Vital statistics of India. Vol. V, Reports of 1876 on armies & jails and on epidemic cholera
Year: 1876
Disease focus: Cholera
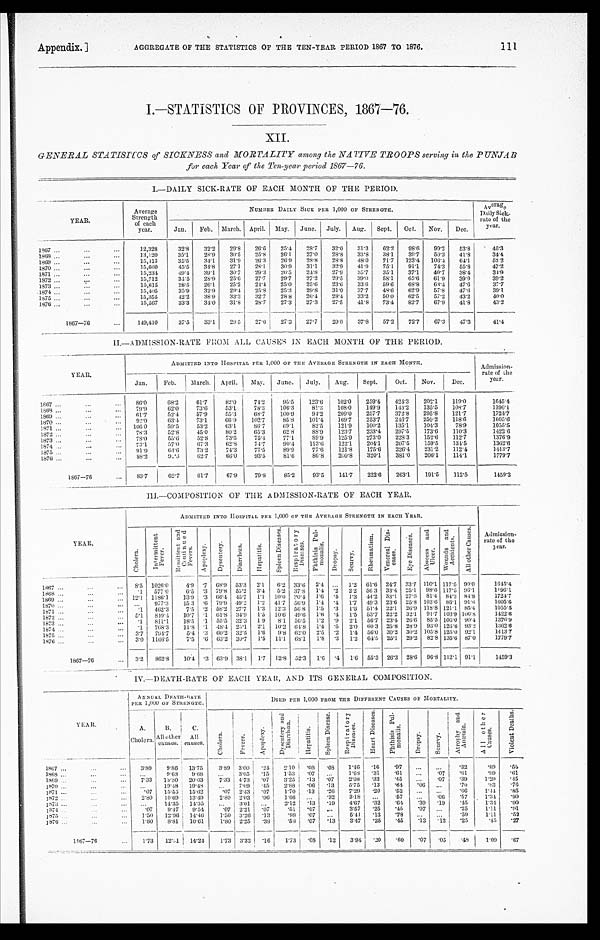
Appendix.]
AGGREGATE OF THE STATISTICS OF THE TEN-YEAR PERIOD 1867 TO 1876.
111
I.—STATISTICS OF PROVINCES, 1867—76.
XII.
GENERAL STATISTICS of SICKNESS and MORTALITY among the NATIVE TROOPS serving in the PUNJAB
for each Year of the Ten-year period 1867—76.
I.—DAILY SICK-RATE OF EACH MONTH OF THE PERIOD.
YEAR.
Average
Strength
of each
year.
NUMBER DAILY SICK PER 1,000 OF STRENGTH.
Averag
e Daily Sick-
rate of the
year.
Jan.
Feb. March. April. May.
June.
July.
Aug.
Sept.
Oct.
Nov.
Dec.
1 8 6 7 . . .
12,328
32.8
32.2
29.8
26.6
25.4
28.7
32.0
31.3
62.2
98.6
99.2
53.8
4 5 . 3
1 8 6 8 . . .
13,120
35.1
28.9
30.5
25.8
26.1
27.0
28.8
33.8
38.1
39.7
50.3
41.8
3 4 . 4
1 8 6 9 . . .
15,413
35.5
34.1
31.9
26.3
26.9
28.8
28.8
48.0
71.7
123.4
106.4
64.1
52.2
1 8 7 0 . . .
15,660
45.5
34.8
27.1
28.1
30.9
31.1
82.9
41.9
75.1
91.1
74.3
55.8
47.2
1 8 7 1 . . .
15,234
49.4
39.1
30.7
29.3
26.5
24.8
27.9
35.7
35.1
37.1
40.7
38.4
34.9
1 8 7 2 . . .
15,712
34.5
28.9
25.6
27.7
29.7
27.2
29.5
39.0
58.1
65.6
61.9
39.9
39.2
1 8 7 3 . . .
15,615
28.5
26.1
25.2
24.4
25.0
25.6
23.6
33.6
59.6
68.8
63.4
47.6
37.7
1 8 7 4 . . .
15,405
35.9
32.9
29.4
25.8
25.3
29.8
31.0
37.7
48.6
62.9
57.8
47.6
3 9 . 1
1 8 7 5 . . .
15,355
42.2
38.9
33.3
32.7
28.8
26.4
28.4
33.2
50.0
62.5
57.2
43.2
4 0 . 0
1 8 7 6 . . .
15,567
33.3
34.0
31.8
28.7
27.3
27.3
27.5
41.8
73.4
82.7
67.9
41.8
43.2
1867—76 . . .
149,410
37.5
33.1
29.5
27.6
27.3
27.7
29.0
37.8
57.2
72.7
67.3
4 7 . 3
41.4
II.—ADMISSION-RATE FROM ALL CAUSES IN EACH MONTH OF THE PERIOD.
Y EAR.
ADMITTED INTO HOSPITAL PER 1,000 OF THE AVERAGE STRENGTH IN EACH MONTH.
Admission
-
rate of the
year.
Jan.
Feb.
March.
April.
May.
June.
July.
Aug.
Sept.
Oct.
Nov.
Dec.
1 8 6 7 . . .
86.0
68.2
61.7
82.0
74.2
95.5
123.6
102.0
259.4
424.3
202.1
119.0
1645. 4
1868 . . .
79. 9
62.0
73.6
53.1
78.3
106.3
81.3
108.0
149.9
143.2
135.5
108.7
1196.1
1869 . . .
61.7
52.4
57.9
55.3
68.7
100.9
94.2
209.0
257.7
372.8
295.8
121.7
1724. 7
1 8 7 0 . . .
92.0
63.4
73.1
66.9
102.7
85.8
101.4
169.7
253.7
2 4 6 . 7
250.2
118.6
1605.6
1 8 7 1 . . .
106.0
59.5
53.2
63.1
86.7
69.1
82.5
121.9
100.2
135.1
104.3
78.9
1055.5
1872 . . .
78.3
52.8
45.0
80.2
65.3
62.8
88.9
123.7
233.4
297.5
173.6
110.3
1422.6
1 8 7 3 . . .
78.0
55.6
52.8
73.5
75.4
77.1
89.9
125.9
273.0
228.3
152.6
112.7
1376.9
1874 . . .
73. 1
57.0
67.3
62.8
74.7
90.4
113.6
122.1
204.1
207.5
159.5
134.5
1362.6
1 8 7 5 . . .
9 1 . 9
64.6
73.2
74.3
77.5
89.9
77.6
121.8
175.6
226.4
231.2
112.4
1413.7
1876 . . .
88.2
92.3
62.7
66.0
93.5
81.6
86.8
200.8
320.1
381.0
206.1
114.1
1779.7
1867—76 . . .
83.7
62.7
61.7
67.9
79.8
85.2
93.5
141.7
222.6
263.1
191.5
112.5
1459.3
III.—COMPOSITION OF THE ADMISSION-RATE OF EACH YEAR.
YEAR.
ADMITTED INTO HOSPITAL PER 1,000 OF THE AVERAGE STRENGTH IN EACH YEAR.
Admi ssi on-
rate of the
y e a r .
C h o l e r a .
I n t e r m i t t e n t
F e v e r .
Remi ttent and
Continued Fevers.
A p p o p l e x y .
Dysent ery.
D i a r r o h œ a .
H e p a t i t i s .
S p l e e n Di s e a s e s .
Res pi r at or y
Di seases. Pht hi s i s Pul -
monal i s.
D r o p s y .
S c u r v y .
Rhe uma t i s m.
Ve n e r e a l Di s -
eases.
Eye Di seases.
Abscess and
Uleer.
Wo u n d s a n d
Acci dent s .
A l l o t h e r C a u s e s .
1 8 6 7 . . .
8. 5 1026.0
4.9 .7 68.9 53.3
2.1
6.2 33.6
2.4
. . . 1.2 61.6 24.7 33.7 110.1 117.5 90.0
1645.4
1 8 6 8 . . .
.1
577.0
6.5 .3 79.8 55.2
3.4
5.2 37.8
1.4 .2
2.2 56.3 33.4 25.1
98.6 117.5 96.1
1 196.1
1 8 6 9 . . .
12.1
1186.1
13.9 .3 66.4 45.7
1.1
10.0 30.4 1.6
.4
1.3 44.2 33.1 27.6 81.4 84.3 84.8
1724.7
1 8 7 0 . . .
. . .
977.3
15.3 .6 79.9 49.2 1.2 41.7 56.9
1.4 .4
1.7 49.3 23.6 25.8 103.6 86.1 91.6
1605.6
1 8 7 1 . . .
.1
462.3
7.5 .2 58.2 27.7
1.3 12.3 56.8
1.5 .3
1.6 51.4 22.1 26.9 118.8 121.1 85.4
1055.5
1 8 7 2 . . .
5.1
840.4
10.7 .1 61.8 34.9
1.5 10.6 49.6
1.6 .4
1.5 53.7 22.2 32.1 91.7 103.9 100.8
1422.6
1 8 7 3 . . .
.1
811.1
18.5 .1 55.5 32.3
1.9
8.1 56.5 1.2
. 9
2.1 56.7
2 3 . 4 26.6 85.5 106.0 90.4
1376.9
1874 . . .
.1
768.3
11.8 .1 48.4 25.1
2.1
10.2 64.8
1.4 .5
2.0 60.3 25.8 28.9 93.0 126.6 93.2
1362.6
1 8 7 5 . . .
3. 7
794.7
5.4 .3 60.2 32.5 1.6
9.8 62.0
2.5
. 2 1.4 56.0 30.2 30.2 105.8 125.0 92.1
1413.7
1 8 7 6 . . .
3.0 1166.5
7.5 .6 63.2 30.7
1.5
11.1 68.1
1.8 .3
1.2 64.5 25.1 29.2 82.8 135.6 87.0
1779.7
1867—76
3. 2
862.8
10.4 .3 63.9 38.1
1.7
12.8 52.3
1.6 .4
1.6 55.3 26.3 28.6 96.8 112.1 91.1
1459.3
I.V.—DEATH-RATE OF EACH YEAR, AND ITS GENERAL COMPOSITION.
Y E A R .
ANNUAL DE AT
H - R A T E P E R1
, 0 0 0 O F S T R E N G T H .
DIED PER 1,000 FROM THE DIFFERENT CAUSES OF MORTALITY.
A.
Cholera.
B.
All other
causes.
C.
All
causes.
C h o l e r a .
F e v e r s .
A p p o p l e x y .
D y s e n t e r y a n d
D i a r r h œ a .
H e p a t i t i s .
S p l e e n D i s e a s e s .
R e s p i r a t o r y
D i s e a s e s .
H e a r t D i s e a s e s .
P h t h i s i s P u l -
m o n a l i s .
D r o p s y .
S c u r v y .
A t r o p h y a n d
A n æ m i a .
A l l o t h e r
C a u s e s .
V i o l e n t D e a t h s .
1867 . . .
3.89
9.86
13.75
3.89 3.00
.24
2.10
.08
.08
1.46
.16
.97
. . .
. . .
.32
.89
. 5 6
1 8 6 8 . . .
. . .
9.68
9.68
. . . 3.05
. 15
1.53
.07
. . .
1.68 .31
.61
. . .
. 07
.61
.99
. 6 1
1869 . . .
7.33
13.30
20.63
7.33 4.73
.07
3.25
.13
.07
2.08
.32
.45
. . .
. 07
.39
1.29
. 4 5
1870 . . .
. . . 19.48 19.48
. . .
7 . 0 9
.45
2.88
.06
.13
5.75
.13
.64
. 06
. . .
.70
.83
. 7 6
1871 . . .
.07
15.55
15.62
. 0 7 2.43
.07
1.70
.13
.26
7.29
. 20
.52
. . .
. . .
.66
1.44
. 8 5
1872 . . .
2.80
10.69
13.49
2.80 2.03
.06
1.66
. . .
.32
3.18
. . .
.57
. . .
. 06
.57
1.34
. 9 0
1 8 7 3 . . .
. . . 14.35
14.35
. . . 3.01
. . .
2.12
.13
.19
4.67
.32
.64
. 39
. 19
.45
1.34
. 9 0
1874 . . .
.07
9.47
9.54
.07 2.21
. 0 7
.51
.07
. . .
3.57
.25
.45
. 07
. . .
.25
1.11
. 9 1
1875 . . .
1.50
12.96 14.46
1.50 3.26
. 13
.98
.07
. . .
5.41
.13
.78
. . .
. . .
.59
1.11
. 5 2
1 8 7 6 . . .
1.80
8.81
10.61
1.80 2.25
.38
.58
.07
.13
3.47
.25
.45
. 13
.13
.25
.45
. 2 7
1867—76 . . .
1.73
12.51
14.24
1.73 3.32
.16
1.73
. 0 8
.12
3.94
.20
.60
.07
. 0 5 .48
1.09
. 6 7